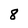
Character: 8